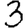
Digit: 3